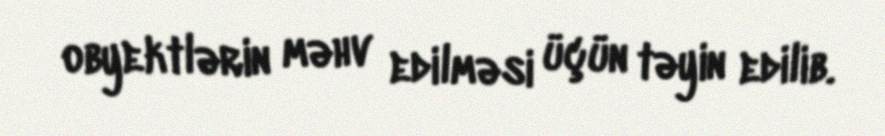
obyektlərin məhv edilməsi üçün təyin edilib.